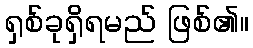
ရှစ်ခုရှိရမည် ဖြစ်၏။